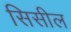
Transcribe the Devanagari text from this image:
सिसील